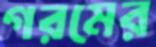
গরমের